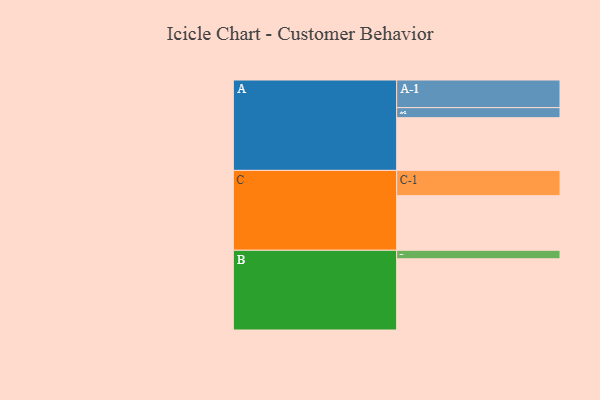
{"axis": {"x": "Segment", "y": "Value"}, "legend": ["", "A", "B", "C"], "data": [{"x": "A", "y": 425, "type": ""}, {"x": "B", "y": 574, "type": ""}, {"x": "C", "y": 440, "type": ""}, {"x": "A-1", "y": 223, "type": "A"}, {"x": "A-2", "y": 81, "type": "A"}, {"x": "B-1", "y": 69, "type": "B"}, {"x": "C-1", "y": 204, "type": "C"}]}